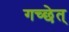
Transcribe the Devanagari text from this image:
गच्छेत्‌